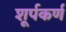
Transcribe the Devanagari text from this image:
शूर्पकर्ण